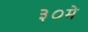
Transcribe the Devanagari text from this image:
३०मे